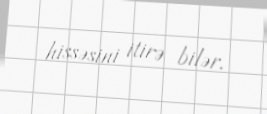
hissəsini itirə bilər.